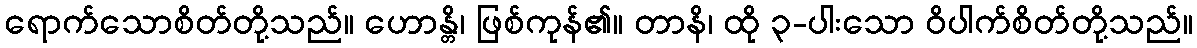
ရောက်သောစိတ်တို့သည်။ ဟောန္တိ၊ ဖြစ်ကုန်၏။ တာနိ၊ ထို ၃-ပါးသော ဝိပါက်စိတ်တို့သည်။